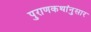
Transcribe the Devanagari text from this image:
पुराणकथांनुसार